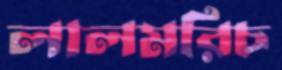
লালমরিচ